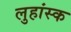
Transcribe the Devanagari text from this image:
लुहांस्क